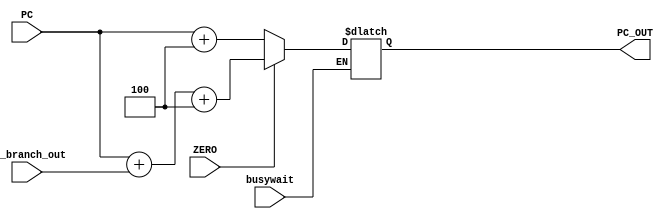
module adder(input[31:0] PC,pc_branch_out, input ZERO, busywait, output[31:0] PC_OUT);

reg PC_OUT;

always @(PC, busywait)begin
	if(busywait == 1'b0)begin
		#5//pc update delay(had to set this as 5 to get the correct functuality, this don't affect to the process anyway)
		case(ZERO)
			1'b0 : begin
				PC_OUT <= PC + 32'd4; //if it is a normal instruction read
			end
			1'b1 : begin //if it is a jump situation
				PC_OUT <= PC + pc_branch_out + 32'd4;
			end
			default : PC_OUT <= PC + 32'd4; //in case of ZERO has no value
		endcase
	end
end
endmodule